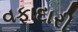
વફાદારી